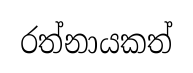
රත්නායකත්